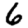
Digit: 6